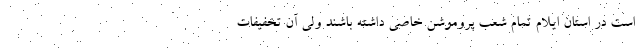
است در استان ایلام تمام شعب پروموشن خاصی داشته باشند ولی آن تخفیفات